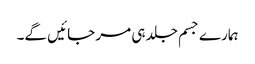
ہمارے جسم جلد ہی مر جائیں گے۔